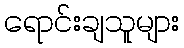
ရောင်းချသူများ